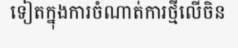
ទៀតក្នុងការចំណាត់ការថ្មីលើចិន